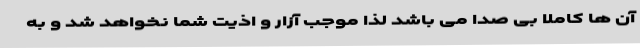
آن ها کاملا بی صدا می باشد لذا موجب آزار و اذیت شما نخواهد شد و به